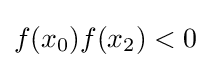
f(x_{0})f(x_{2})<0